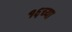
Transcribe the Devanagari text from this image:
१६च्या